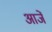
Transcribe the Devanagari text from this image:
आजें